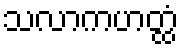
သလာကဟတ္ထံ